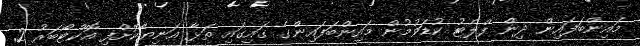
މައިންބަފައިން ދިން ފްލެޓު ކުޑަވުމުން މައިންބަފައިންގެ ގައިގައި ތަޅާ އަނިޔާކޮށްފި އޮކްޓޯބަރު 2